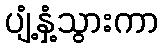
ပျံ့နှံ့သွားကာ